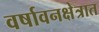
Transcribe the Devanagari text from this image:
वर्षावनक्षेत्रात